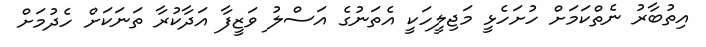
އިތުބާރު ނެތްކަމަށް ހުށަހެޅީ މަޖިލީހަކީ އެތަނުގެ އަސްލު ވަޒީފާ އަދާކުރާ ތަނަކަށް ހެދުމަށް